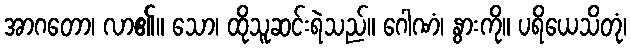
အာဂတော၊ လာ၏။ သော၊ ထိုသူဆင်းရဲသည်။ ဂေါဏံ၊ နွားကို။ ပရိယေသိတုံ၊